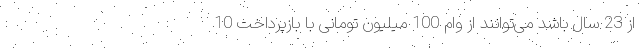
از 23 سال باشد می‌توانند از وام 100 میلیون تومانی با بازپرداخت 10